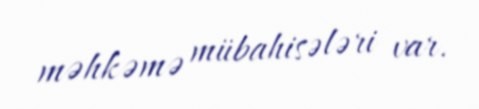
məhkəmə mübahisələri var.